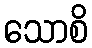
သောစိ